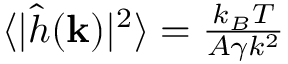
\begin{array} { r } { \langle | \hat { h } ( \mathbf { k } ) | ^ { 2 } \rangle = \frac { k _ { B } T } { A \gamma k ^ { 2 } } } \end{array}